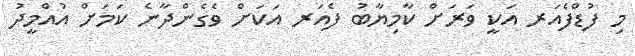
މި ފުޑްފެއަރ އަކީ ވަރަށް ކާމިޔާބު ފެއަރ އަކަށް ވެގެންދާނެ ކަމަށް އުއްމީދު